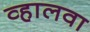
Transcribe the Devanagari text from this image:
व्हालवा